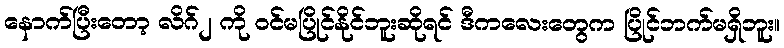
နောက်ပြီးတော့ လိဂ်၂ ကို ဝင်မပြိုင်နိုင်ဘူးဆိုရင် ဒီကလေးတွေက ပြိုင်ဘက်မရှိဘူး။